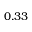
0 . 3 3